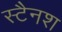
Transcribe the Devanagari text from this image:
स्टैनश